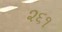
૨૬૧